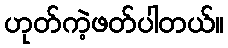
ဟုတ်ကဲ့ဖတ်ပါတယ်။